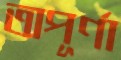
অপূর্ণা